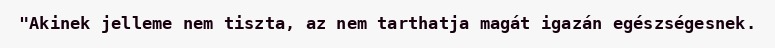
"Akinek jelleme nem tiszta, az nem tarthatja magát igazán egészségesnek.